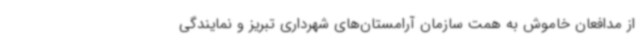
از مدافعان خاموش به همت سازمان آرامستان‌های شهرداری تبریز و نمایندگی